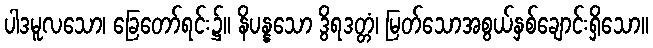
ပါဒမူလသော၊ ခြေတော်ရင်း၌။ နိပန္နသော ဒွိရဒတ္တံ၊ မြတ်သောအစွယ်နှစ်ချောင်းရှိသော။